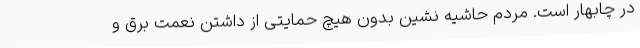
در چابهار است. مردم حاشیه نشین بدون هیچ حمایتی از داشتن نعمت برق و